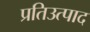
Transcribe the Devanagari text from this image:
प्रतिउत्पाद